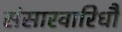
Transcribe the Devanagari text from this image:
संसारवारिधौ